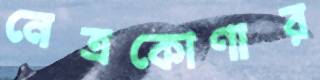
নেত্রকোণার